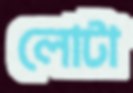
লোটা